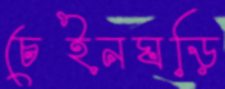
চেইনঘড়ি